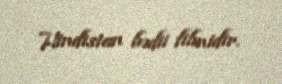
Hindistan bədii filmidir.